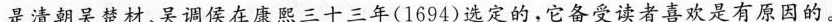
是清朝吴楚材、吴调侯在康熙三十三年(1694)选定的，它备受读者喜欢是有原因的。